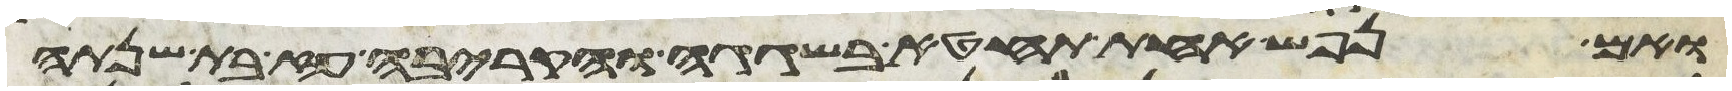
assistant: ואם נפש אחת תחטא בשגגה והקריבה עז בת שנתה